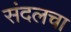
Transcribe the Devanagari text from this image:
संदलचा